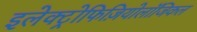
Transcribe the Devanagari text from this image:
इलेक्ट्रोफिज़ियोलॉजिकल